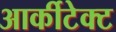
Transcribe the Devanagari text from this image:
आर्कीटेक्ट